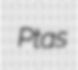
Ptas